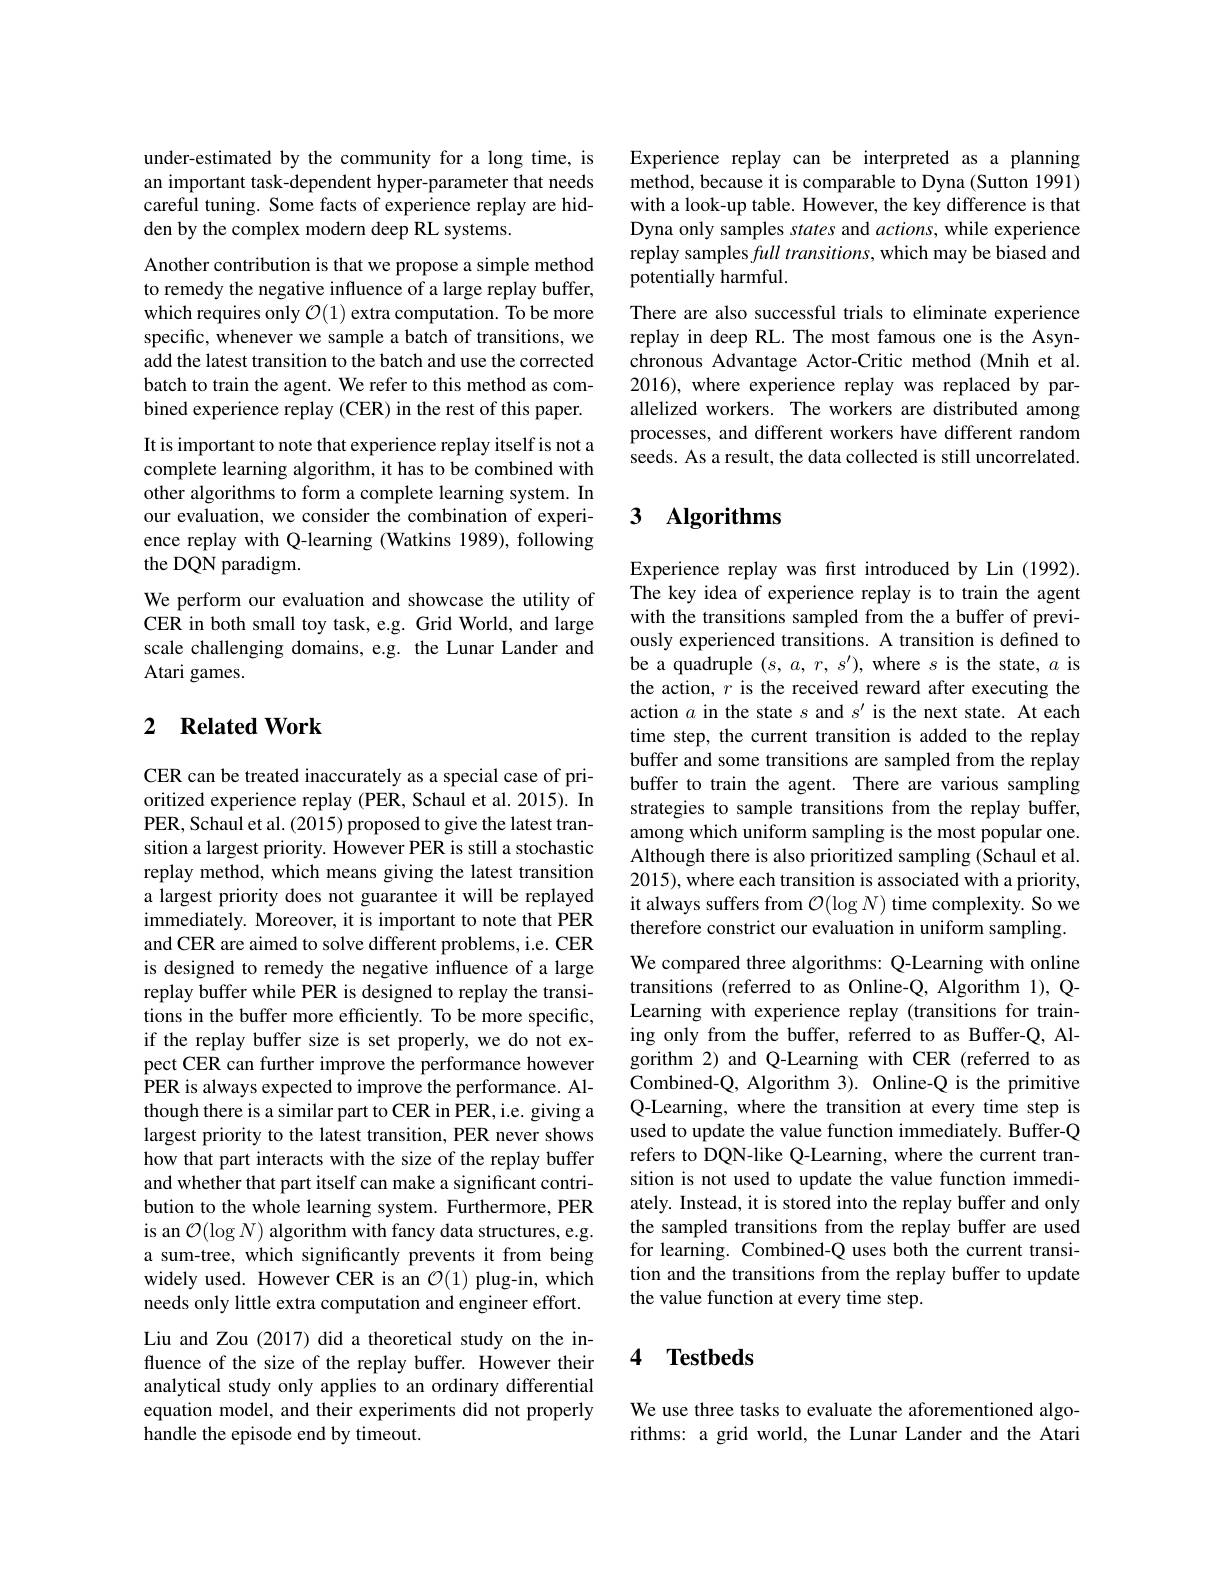
under-estimated by the community for a long time, is an important task-dependent hyper-parameter that needs careful tuning. Some facts of experience replay are hidden by the complex modern deep RL systems.

Another contribution is that we propose a simple method to remedy the negative influence of a large replay buffer, which requires only $\mathcal{O}(1)$ extra computation. To be more specific, whenever we sample a batch of transitions, we add the latest transition to the batch and use the corrected batch to train the agent. We refer to this method as combined experience replay (CER) in the rest of this paper. It is important to note that experience replay itself is not a complete learning algorithm, it has to be combined with other algorithms to form a complete learning system. In our evaluation, we consider the combination of experience replay with Q-learning (Watkins 1989), following the DQN paradigm.
We perform our evaluation and showcase the utility of CER in both small toy task, e.g. Grid World, and large scale challenging domains, e.g. the Lunar Lander and Atari games.

### 2 $\textbf{Related Work}$

CER can be treated inaccurately as a special case of prioritized experience replay (PER, Schaul et al. 2015). In PER, Schaul et al. (2015) proposed to give the latest transition a largest priority. However PER is still a stochastic replay method, which means giving the latest transition a largest priority does not guarantee it will be replayed immediately. Moreover, it is important to note that PER and CER are aimed to solve different problems, i.e. CER is designed to remedy the negative influence of a large replay buffer while PER is designed to replay the transitions in the buffer more efficiently. To be more specific, if the replay buffer size is set properly, we do not expect CER can further improve the performance however PER is always expected to improve the performance. Although there is a similar part to CER in PER, i.e. giving a largest priority to the latest transition, PER never shows how that part interacts with the size of the replay buffer and whether that part itself can make a significant contribution to the whole learning system. Furthermore, PER is an $\mathcal{O}(\log N)$ algorithm with fancy data structures, e.g. a sum-tree, which significantly prevents it from being widely used. However CER is an $\mathcal{O}(1)$ plug-in, which needs only little extra computation and engineer effort. Liu and Zou (2017) did a theoretical study on the influence of the size of the replay buffer. However their analytical study only applies to an ordinary differential equation model, and their experiments did not properly handle the episode end by timeout.

Experience replay can be interpreted as a planning method, because it is comparable to Dyna (Sutton 1991) with a look-up table. However, the key difference is that Dyna only samples states and actions, while experience replay samples full transitions, which may be biased and potentially harmful.

There are also successful trials to eliminate experience replay in deep RL. The most famous one is the Asynchronous Advantage Actor-Critic method (Mnih et al. 2016), where experience replay was replaced by parallelized workers. The workers are distributed among processes, and different workers have different random seeds. As a result, the data collected is still uncorrelated.

### $\textbf{3}$ $\textbf{Algorithms}$

Experience replay was fırst introduced by Lin (1992). The key idea of experience replay is to train the agent with the transitions sampled from the a buffer of previously experienced transitions. A transition is defined to be a quadruple $(s,a,r,s^{\prime})$, where $s$ is the state, $a$ is the action, $r$ is the received reward after executing the action $a$ in the state $s$ and $s^\prime$ is the next state. At each time step, the current transition is added to the replay buffer and some transitions are sampled from the replay buffer to train the agent. There are various sampling strategies to sample transitions from the replay buffer, among which uniform sampling is the most popular one. Although there is also prioritized sampling (Schaul et al. 2015), where each transition is associated with a priority, it always suffers from $\mathcal{O}(\log N)$ time complexity. So we therefore constrict our evaluation in uniform sampling. We compared three algorithms: Q-Learning with online transitions (referred to as Online-Q, Algorithm 1), QLearning with experience replay (transitions for training only from the buffer, referred to as Buffer-Q, Algorithm 2) and Q-Learning with CER (referred to as Combined-Q, Algorithm 3). Online-Q is the primitive Q-Learning, where the transition at every time step is used to update the value function immediately. Buffer-Q refers to DQN-like Q-Learning, where the current transition is not used to update the value function immediately. Instead, it is stored into the replay buffer and only the sampled transitions from the replay buffer are used for learning. Combined-Q uses both the current transition and the transitions from the replay buffer to update the value function at every time step.

### 4 $\textbf{Testbeds}$

We use three tasks to evaluate the aforementioned algorithms: a grid world, the Lunar Lander and the Atari